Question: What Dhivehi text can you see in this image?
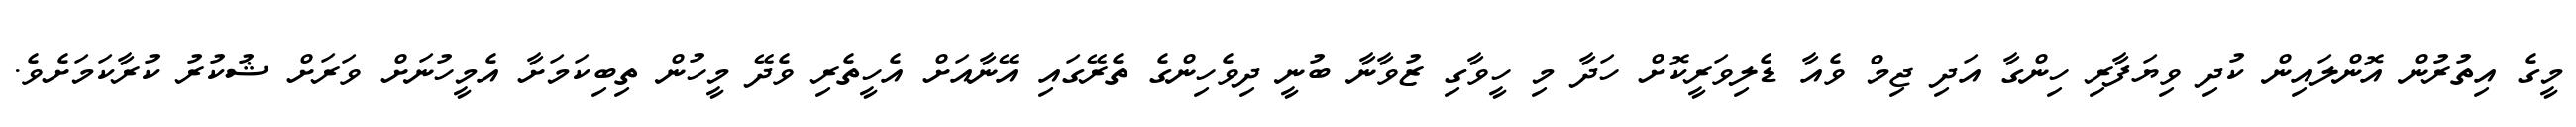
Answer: މީގެ އިތުރުން އޮންލައިން ކުދި ވިޔަފާރި ހިންގާ އަދި ޖިމް ވެއާ ޑެލިވަރީކޮށް ހަދާ މި ހީވާގި ޒުވާނާ ބުނީ ދިވެހިންގެ ތެރޭގައި އޭނާއަށް އެހީތެރި ވެދޭ މީހުން ތިބިކަމަށާ އެމީހުނަށް ވަރަށް ޝުކުރު ކުރާކަމަށެވެ.